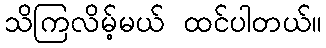
သိကြလိမ့်မယ် ထင်ပါတယ်။